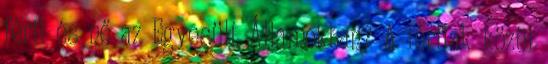
férfi és nő az Egyesült Államokban? A férfiak közül